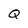
Character: Q